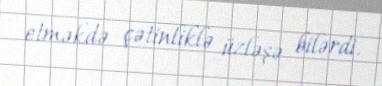
etməkdə çətinliklə üzləşə bilərdi.